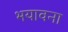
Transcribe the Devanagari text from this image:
भयावना